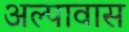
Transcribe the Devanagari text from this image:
अल्पावास